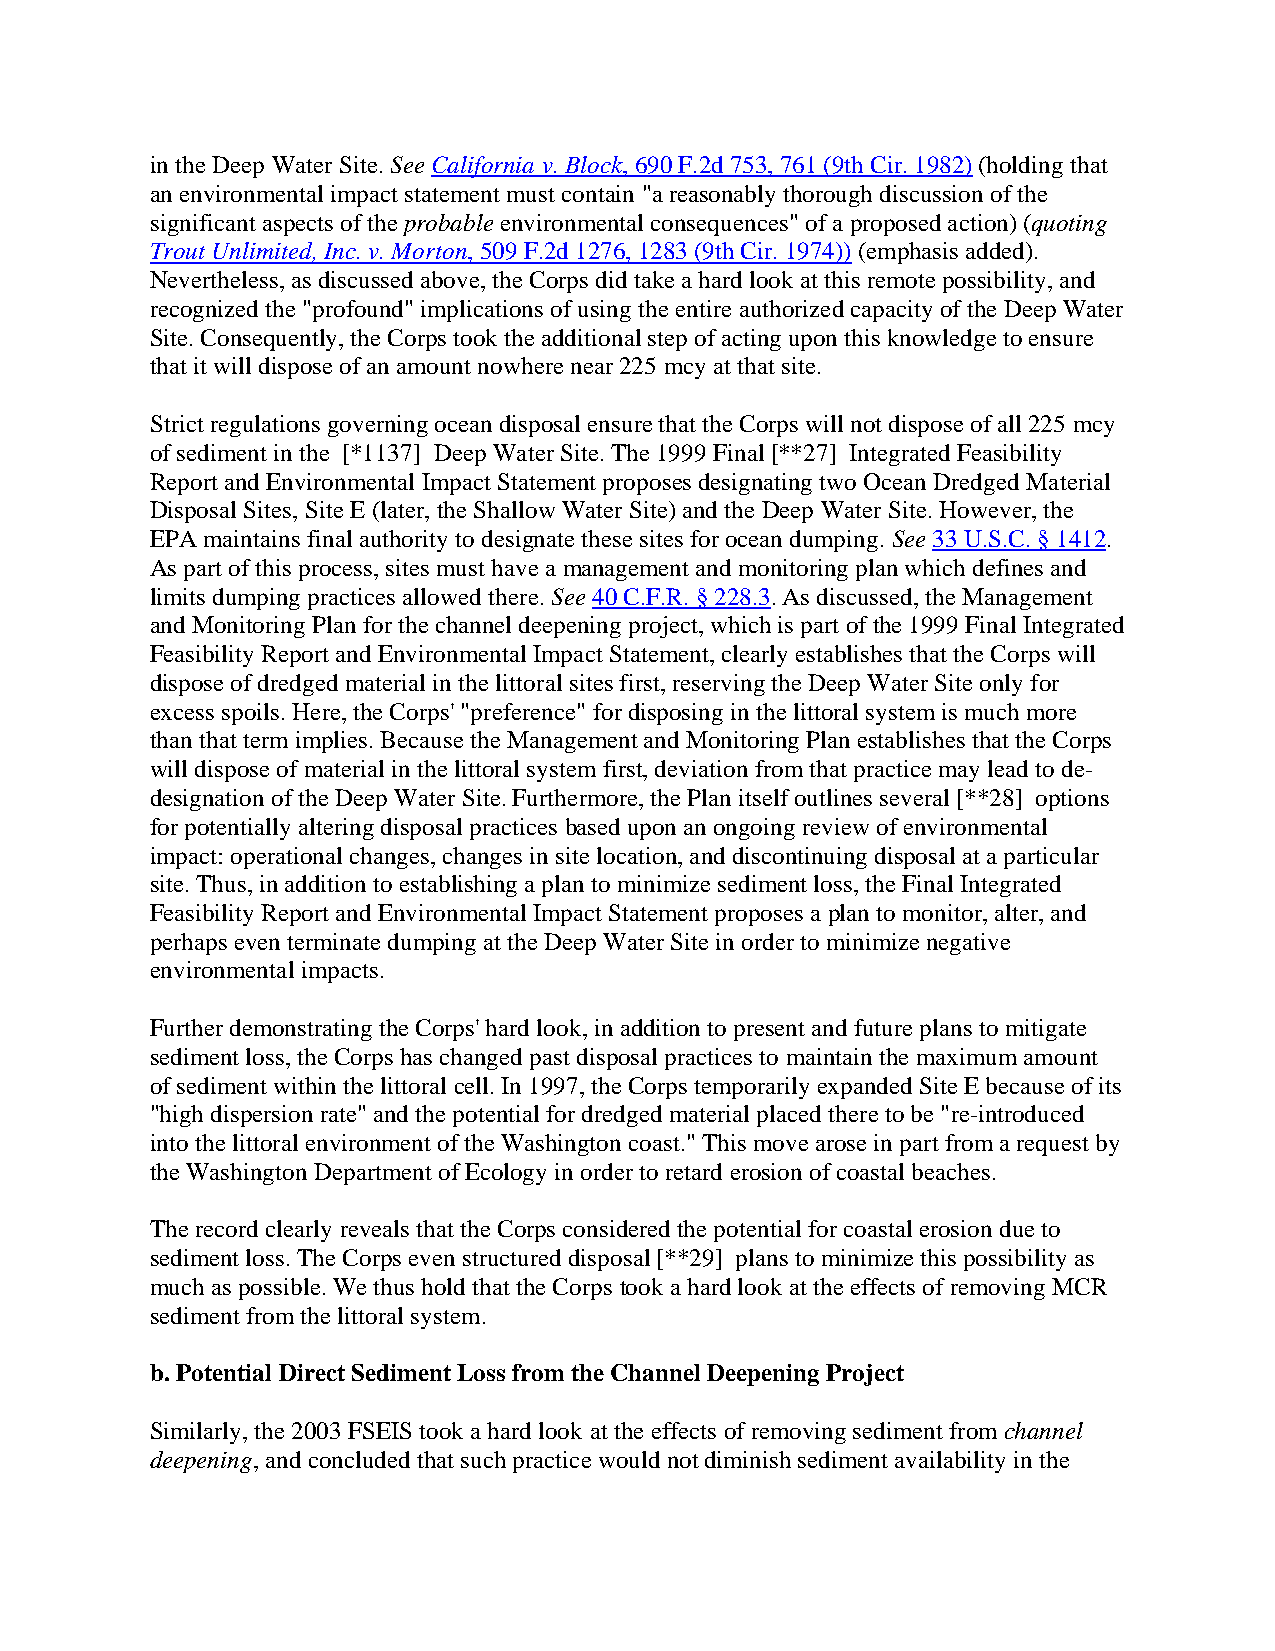
in the Deep Water Site. See California v. Block, 690 F.2d 753, 761 (9th Cir. 1982) (holding that
 an environmental impact statement must contain "a reasonably thorough discussion of the
 significant aspects of the probable environmental consequences" of a proposed action) (quoting
 Trout Unlimited, Inc. v. Morton, 509 F.2d 1276, 1283 (9th Cir. 1974)) (emphasis added).
 Nevertheless, as discussed above, the Corps did take a hard look at this remote possibility, and
 recognized the "profound" implications of using the entire authorized capacity of the Deep Water
 Site. Consequently, the Corps took the additional step of acting upon this knowledge to ensure
 that it will dispose of an amount nowhere near 225 mcy at that site.
 Strict regulations governing ocean disposal ensure that the Corps will not dispose of all 225 mcy
 of sediment in the [*1137] Deep Water Site. The 1999 Final [**27] Integrated Feasibility
 Report and Environmental Impact Statement proposes designating two Ocean Dredged Material
 Disposal Sites, Site E (later, the Shallow Water Site) and the Deep Water Site. However, the
 EPA maintains final authority to designate these sites for ocean dumping. See 33 U.S.C. § 1412.
 As part of this process, sites must have a management and monitoring plan which defines and
 limits dumping practices allowed there. See 40 C.F.R. § 228.3. As discussed, the Management
 and Monitoring Plan for the channel deepening project, which is part of the 1999 Final Integrated
 Feasibility Report and Environmental Impact Statement, clearly establishes that the Corps will
 dispose of dredged material in the littoral sites first, reserving the Deep Water Site only for
 excess spoils. Here, the Corps' "preference" for disposing in the littoral system is much more
 than that term implies. Because the Management and Monitoring Plan establishes that the Corps
 will dispose of material in the littoral system first, deviation from that practice may lead to de-
 designation of the Deep Water Site. Furthermore, the Plan itself outlines several [**28] options
 for potentially altering disposal practices based upon an ongoing review of environmental
 impact: operational changes, changes in site location, and discontinuing disposal at a particular
 site. Thus, in addition to establishing a plan to minimize sediment loss, the Final Integrated
 Feasibility Report and Environmental Impact Statement proposes a plan to monitor, alter, and
 perhaps even terminate dumping at the Deep Water Site in order to minimize negative
 environmental impacts.
 Further demonstrating the Corps' hard look, in addition to present and future plans to mitigate
 sediment loss, the Corps has changed past disposal practices to maintain the maximum amount
 of sediment within the littoral cell. In 1997, the Corps temporarily expanded Site E because of its
 "high dispersion rate" and the potential for dredged material placed there to be "re-introduced
 into the littoral environment of the Washington coast." This move arose in part from a request by
 the Washington Department of Ecology in order to retard erosion of coastal beaches.
 The record clearly reveals that the Corps considered the potential for coastal erosion due to
 sediment loss. The Corps even structured disposal [**29] plans to minimize this possibility as
 much as possible. We thus hold that the Corps took a hard look at the effects of removing MCR
 sediment from the littoral system.
 b. Potential Direct Sediment Loss from the Channel Deepening Project
 Similarly, the 2003 FSEIS took a hard look at the effects of removing sediment from channel
 deepening, and concluded that such practice would not diminish sediment availability in the